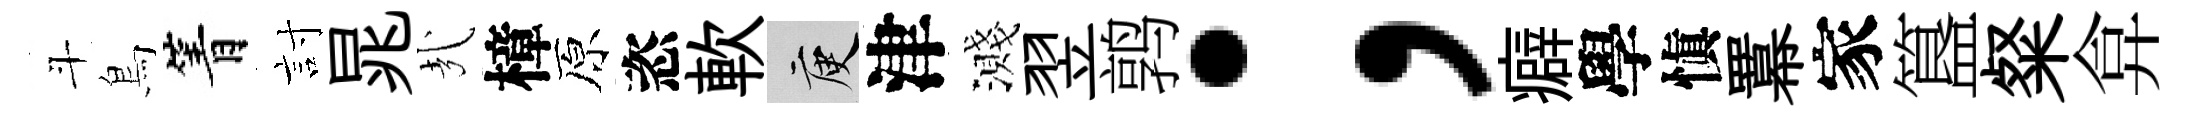
斗鳥箐討晁㢤樟原恣軟庾津濺翌鹑；癖學愼羃家簋粲弇